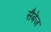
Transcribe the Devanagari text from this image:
सैबेज